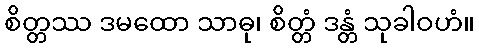
စိတ္တဿ ဒမထော သာဓု၊ စိတ္တံ ဒန္တံ သုခါဝဟံ။